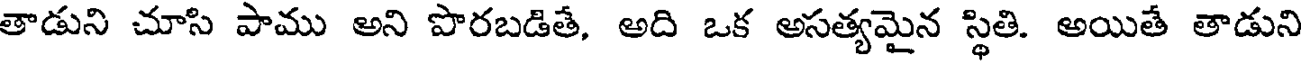
తాడుని చూసి పాము అని పొరబడితే, అది ఒక అసత్యమైన స్థితి. అయితే తాడుని